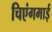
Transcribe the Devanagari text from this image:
चिएंगमाई